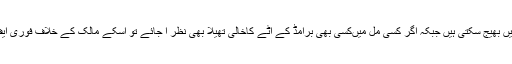
پنجاب کی فلور ملیں اب صرف سبز تھیلے میں آٹا بھر کر مقامی منڈی میں بھیج سکتی ہیں جبکہ اگر کسی مل میںکسی بھی برامڈ کے آٹے کاخالی تھیلا بھی نظر آ جائے تو اسکے مالک کے خلاف فوری ایف آئی آر درج کر لی جاتی ہے جس سے خوف کی فضاء پیدا ہو گئی ہے۔